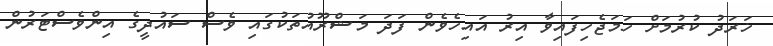
ޚަރަދު ކުރުމަށް ހަމަޖެހިފައިވާ އިރު އައިހެވެން ފަދަ މަޝްރޫއުތަކުގައި ވެސް ސައުދީގެ އިންވެސްޓަރުން